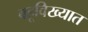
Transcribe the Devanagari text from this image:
बहूविख्यात